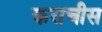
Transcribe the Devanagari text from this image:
कराचीस